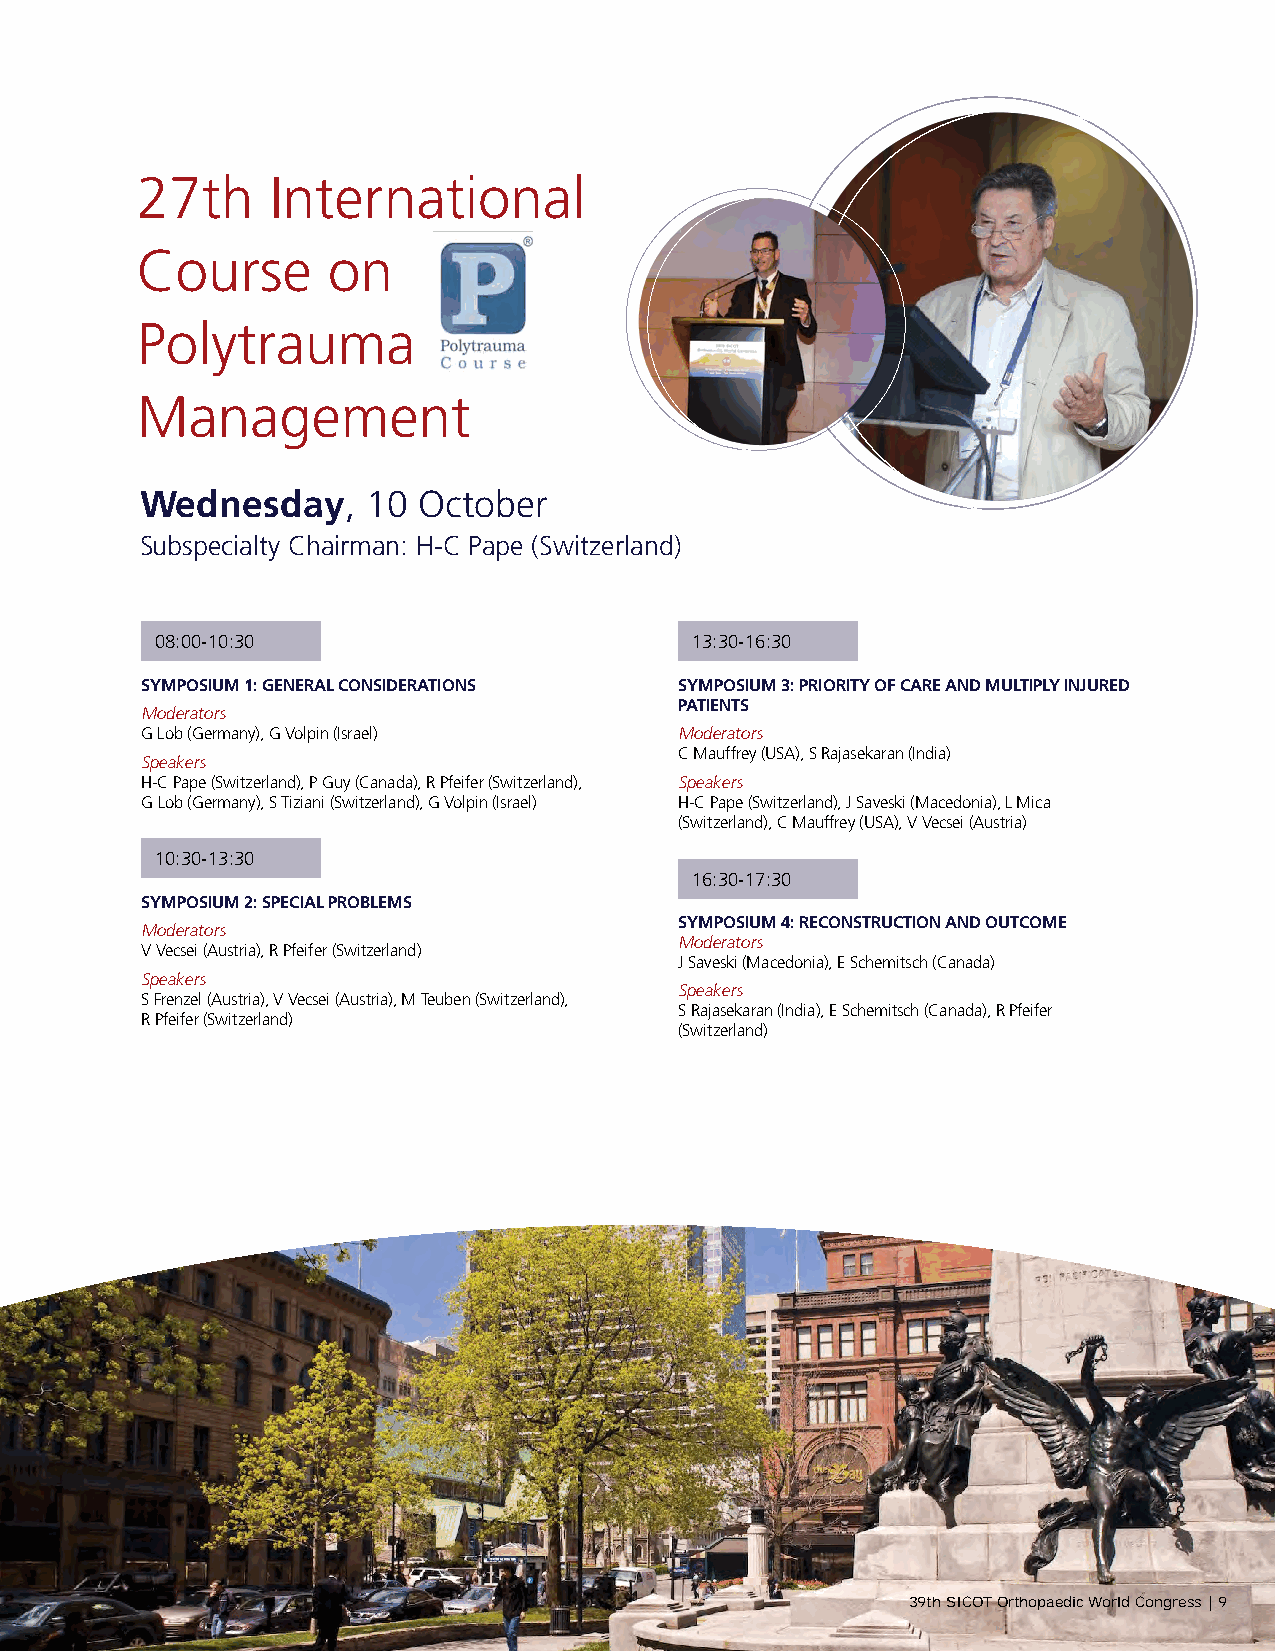
27th     International
 Course       on
 Polytrauma
 Management
 Wednesday,     10  October
 Subspecialty Chairman: H-C Pape (Switzerland)
 08:00-10:30                         13:30-16:30
 SYMPOSIUM 1: GENERAL CONSIDERATIONS SYMPOSIUM 3: PRIORITY OF CARE AND MULTIPLY INJURED
 PATIENTS
 Moderators
 G Lob (Germany), G Volpin (Israel)  Moderators
 C Mauffrey (USA), S Rajasekaran (India)
 Speakers
 H-C Pape (Switzerland), P Guy (Canada), R Pfeifer (Switzerland), Speakers
 G Lob (Germany), S Tiziani (Switzerland), G Volpin (Israel) H-C Pape (Switzerland), J Saveski (Macedonia), L Mica
 (Switzerland), C Mauffrey (USA), V Vecsei (Austria)
 10:30-13:30
 16:30-17:30
 SYMPOSIUM 2: SPECIAL PROBLEMS
 SYMPOSIUM 4: RECONSTRUCTION AND OUTCOME
 Moderators
 Moderators
 V Vecsei (Austria), R Pfeifer (Switzerland)
 J Saveski (Macedonia), E Schemitsch (Canada)
 Speakers
 Speakers
 S Frenzel (Austria), V Vecsei (Austria), M Teuben (Switzerland),
 S Rajasekaran (India), E Schemitsch (Canada), R Pfeifer
 R Pfeifer (Switzerland)
 (Switzerland)
 9 | 39th SICOT Orthopaedic World Congress
 39th SICOT Orthopaedic World Congress | 9